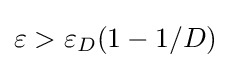
\varepsilon >\varepsilon _{D}(1-1/D)